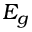
E _ { g }